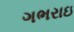
ગભરાઇ